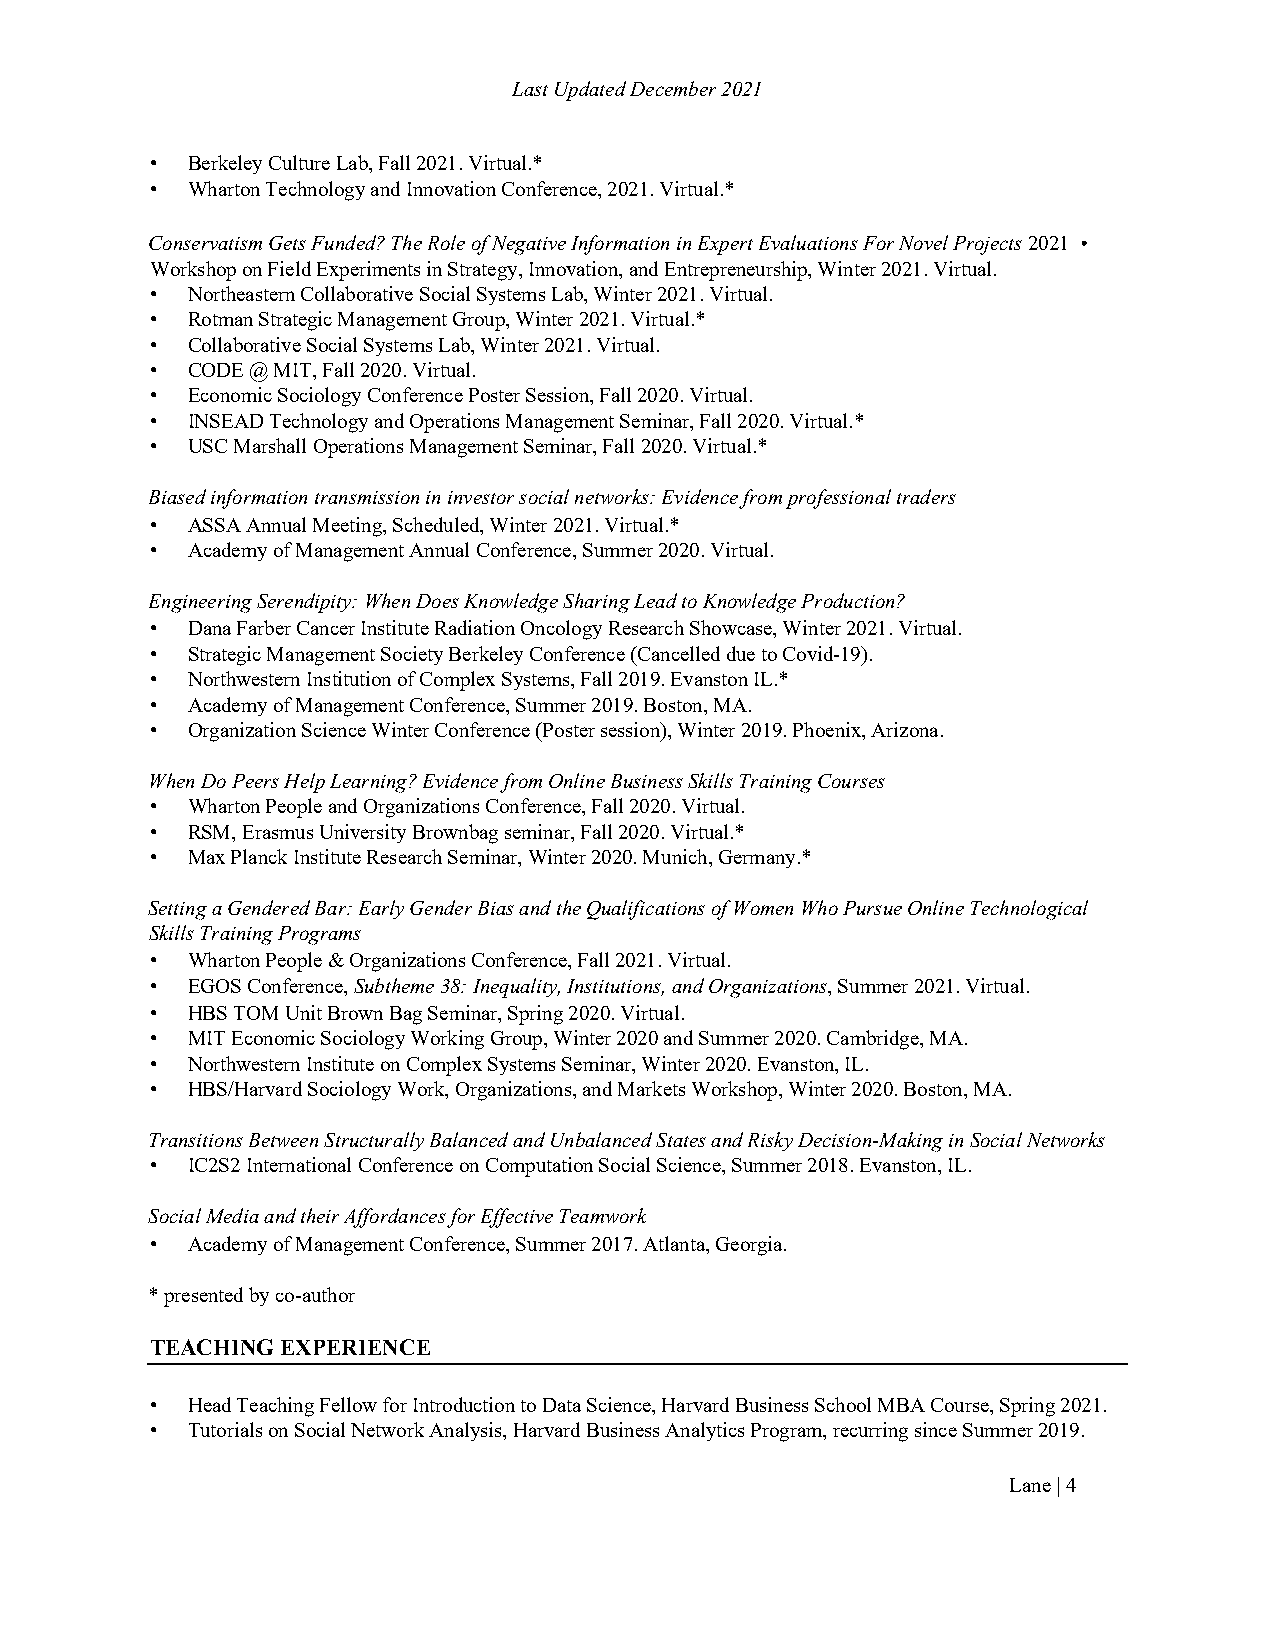
Last Updated December 2021
 • Berkeley Culture Lab, Fall 2021. Virtual.*
 • Wharton Technology and Innovation Conference, 2021. Virtual.*
 Conservatism Gets Funded? The Role of Negative Information in Expert Evaluations For Novel Projects 2021 •
 Workshop on Field Experiments in Strategy, Innovation, and Entrepreneurship, Winter 2021. Virtual.
 • Northeastern Collaborative Social Systems Lab, Winter 2021. Virtual.
 • Rotman Strategic Management Group, Winter 2021. Virtual.*
 • Collaborative Social Systems Lab, Winter 2021. Virtual.
 • CODE @ MIT, Fall 2020. Virtual.
 • Economic Sociology Conference Poster Session, Fall 2020. Virtual.
 • INSEAD Technology and Operations Management Seminar, Fall 2020. Virtual.*
 • USC Marshall Operations Management Seminar, Fall 2020. Virtual.*
 Biased information transmission in investor social networks: Evidence from professional traders
 • ASSA Annual Meeting, Scheduled, Winter 2021. Virtual.*
 • Academy of Management Annual Conference, Summer 2020. Virtual.
 Engineering Serendipity: When Does Knowledge Sharing Lead to Knowledge Production?
 • Dana Farber Cancer Institute Radiation Oncology Research Showcase, Winter 2021. Virtual.
 • Strategic Management Society Berkeley Conference (Cancelled due to Covid-19).
 • Northwestern Institution of Complex Systems, Fall 2019. Evanston IL.*
 • Academy of Management Conference, Summer 2019. Boston, MA.
 • Organization Science Winter Conference (Poster session), Winter 2019. Phoenix, Arizona.
 When Do Peers Help Learning? Evidence from Online Business Skills Training Courses
 • Wharton People and Organizations Conference, Fall 2020. Virtual.
 • RSM, Erasmus University Brownbag seminar, Fall 2020. Virtual.*
 • Max Planck Institute Research Seminar, Winter 2020. Munich, Germany.*
 Setting a Gendered Bar: Early Gender Bias and the Qualifications of Women Who Pursue Online Technological
 Skills Training Programs
 • Wharton People & Organizations Conference, Fall 2021. Virtual.
 • EGOS Conference, Subtheme 38: Inequality, Institutions, and Organizations, Summer 2021. Virtual.
 • HBS TOM Unit Brown Bag Seminar, Spring 2020. Virtual.
 • MIT Economic Sociology Working Group, Winter 2020 and Summer 2020. Cambridge, MA.
 • Northwestern Institute on Complex Systems Seminar, Winter 2020. Evanston, IL.
 • HBS/Harvard Sociology Work, Organizations, and Markets Workshop, Winter 2020. Boston, MA.
 Transitions Between Structurally Balanced and Unbalanced States and Risky Decision-Making in Social Networks
 • IC2S2 International Conference on Computation Social Science, Summer 2018. Evanston, IL.
 Social Media and their Affordances for Effective Teamwork
 • Academy of Management Conference, Summer 2017. Atlanta, Georgia.
 * presented by co-author
 TEACHING EXPERIENCE
 • Head Teaching Fellow for Introduction to Data Science, Harvard Business School MBA Course, Spring 2021.
 • Tutorials on Social Network Analysis, Harvard Business Analytics Program, recurring since Summer 2019.
 Lane | 4